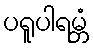
ပရူပါရမ္ဘံ